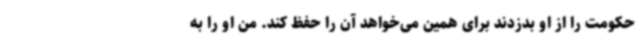
حکومت را از او بدزدند برای همین می‌خواهد آن را حفظ کند. من او را به